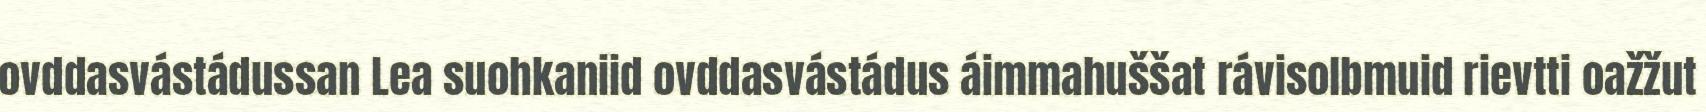
ovddasvástádussan Lea suohkaniid ovddasvástádus áimmahuššat rávisolbmuid rievtti oažžut